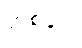
တစ်ခုပါ